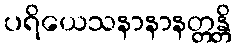
ပရိယေသနာနာနတ္တန္တိ